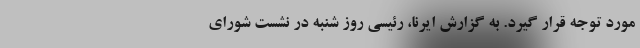
مورد توجه قرار گیرد. به گزارش ایرنا، رئیسی روز شنبه در نشست شورای